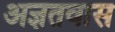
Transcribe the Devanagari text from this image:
अज्ञतवास